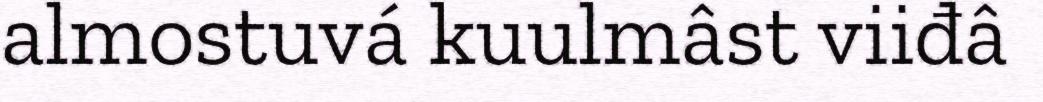
almostuvá kuulmâst viiđâ